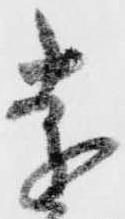
遠